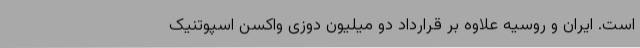
است. ایران و روسیه علاوه بر قرارداد دو میلیون دوزی واکسن اسپوتنیک